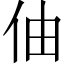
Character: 伷